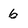
Character: 6